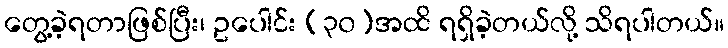
တွေ့ခဲ့ရတာဖြစ်ပြီး၊ ဥပေါင်း (၃၀)အထိ ရရှိခဲ့တယ်လို့ သိရပါတယ်။